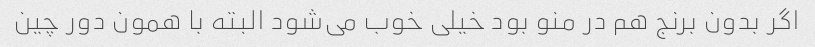
اگر بدون برنج هم در منو بود خیلی خوب می‌شود البته با همون دور چین